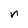
Character: n